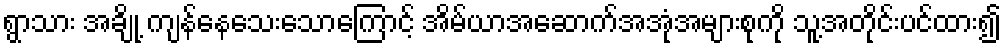
ရွာသား အချို့ ကျန်နေသေးသောကြောင့် အိမ်ယာအဆောက်အအုံအများစုကို သူ့အတိုင်းပင်ထား၍